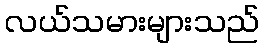
လယ်သမားများသည်